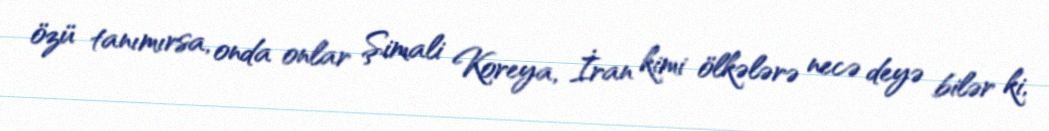
özü tanımırsa, onda onlar Şimali Koreya, İran kimi ölkələrə necə deyə bilər ki,